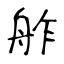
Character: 舴